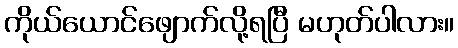
ကိုယ်ယောင်ဖျောက်လို့ရပြီ မဟုတ်ပါလား။